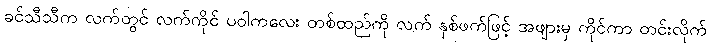
ခင်သီသီက လက်တွင် လက်ကိုင် ပဝါကလေး တစ်ထည်ကို လက် နှစ်ဖက်ဖြင့် အဖျားမှ ကိုင်ကာ တင်းလိုက်